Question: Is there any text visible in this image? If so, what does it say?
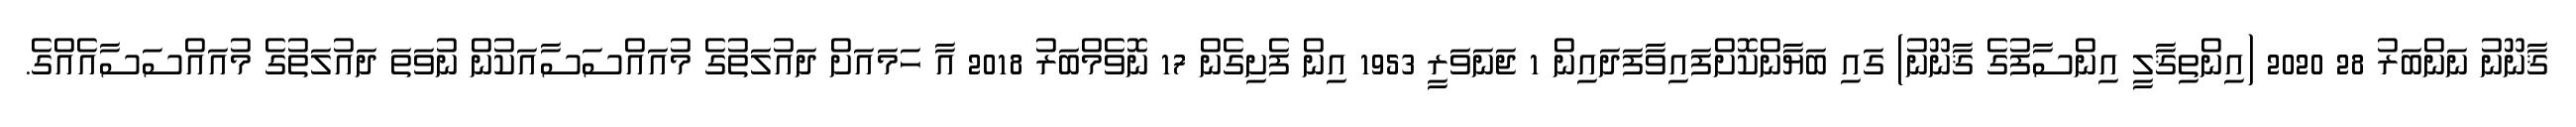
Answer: ޤާނޫނު ނަންބަރު 28 2020 (އިންތިޤާލީ އިންސާފުގެ ޤާނޫނު) ގައި ބަޔާންކޮށްފައިވާފަދައިން 1 ޖަނަވަރީ 1953 އިން ފެށިގެން 17 ނޮވެމްބަރު 2018 އާ ހަމައަށް ދައުލަތުގެ މުއައްސަސާއަކުން ނުވަތަ ދައުލަތުގެ މުއައްސަސާއެއްގެ.